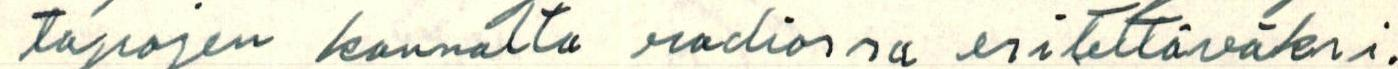
tapojen kannalta radiossa esitettäväksi.